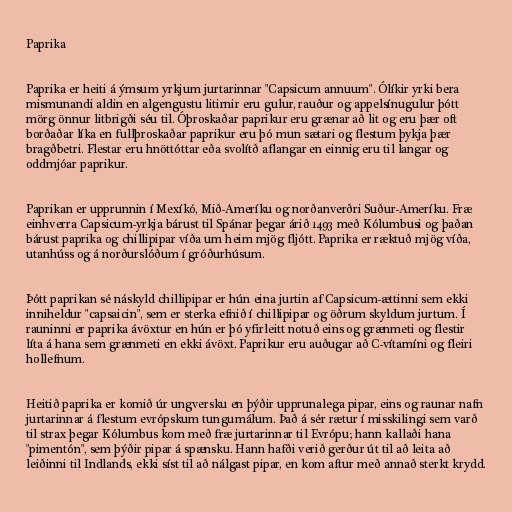
Paprika

Paprika er heiti á ýmsum yrkjum jurtarinnar "Capsicum annuum". Ólíkir yrki bera
mismunandi aldin en algengustu litirnir eru gulur, rauður og appelsínugulur þótt
mörg önnur litbrigði séu til. Óþroskaðar paprikur eru grænar að lit og eru þær oft
borðaðar líka en fullþroskaðar paprikur eru þó mun sætari og flestum þykja þær
bragðbetri. Flestar eru hnöttóttar eða svolítð aflangar en einnig eru til langar og
oddmjóar paprikur.

Paprikan er upprunnin í Mexíkó, Mið-Ameríku og norðanverðri Suður-Ameríku. Fræ
einhverra Capsicum-yrkja bárust til Spánar þegar árið 1493 með Kólumbusi og þaðan
bárust paprika og chillipipar víða um heim mjög fljótt. Paprika er ræktuð mjög víða,
utanhúss og á norðurslóðum í gróðurhúsum.

Þótt paprikan sé náskyld chillipipar er hún eina jurtin af Capsicum-ættinni sem ekki
inniheldur "capsaicin", sem er sterka efnið í chillipipar og öðrum skyldum jurtum. Í
rauninni er paprika ávöxtur en hún er þó yfirleitt notuð eins og grænmeti og flestir
líta á hana sem grænmeti en ekki ávöxt. Paprikur eru auðugar að C-vítamíni og fleiri
hollefnum.

Heitið paprika er komið úr ungversku en þýðir upprunalega pipar, eins og raunar nafn
jurtarinnar á flestum evrópskum tungumálum. Það á sér rætur í misskilingi sem varð
til strax þegar Kólumbus kom með fræ jurtarinnar til Evrópu; hann kallaði hana
"pimentón", sem þýðir pipar á spænsku. Hann hafði verið gerður út til að leita að
leiðinni til Indlands, ekki síst til að nálgast pipar, en kom aftur með annað sterkt krydd.